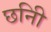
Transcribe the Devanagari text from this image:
छनिी